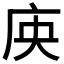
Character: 𭙘